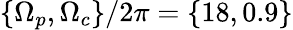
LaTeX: \{ \Omega_{p},\Omega_{c}\} /2\pi=\{ 18,0.9\}